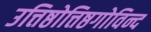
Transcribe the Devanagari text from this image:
उत्तिष्ठोत्तिष्ठगोविन्द